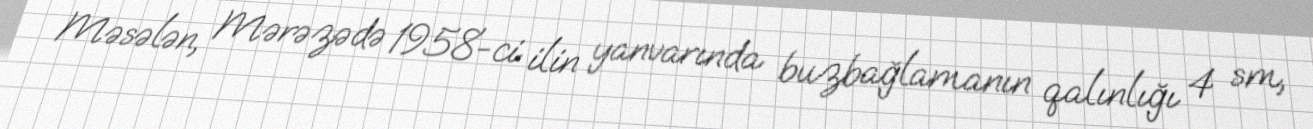
Məsələn, Mərəzədə 1958-ci ilin yanvarında buzbağlamanın qalınlığı 4 sm,